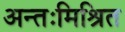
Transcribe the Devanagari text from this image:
अन्तःमिश्रित